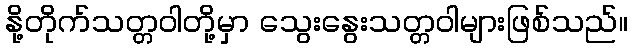
နို့တိုက်သတ္တဝါတို့မှာ သွေးနွေးသတ္တဝါများဖြစ်သည်။